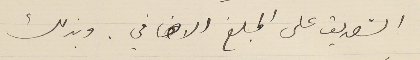
التصديق على المبلغ الاضافي. وبذلك